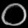
Digit: ၀